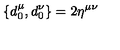
\{ d _ { 0 } ^ { \mu } , d _ { 0 } ^ { \nu } \} = 2 \eta ^ { \mu \nu }